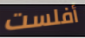
أفلست